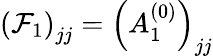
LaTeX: \left(\mathcal{F}_{1}\right)_{jj}=\left(A_{1}^{(0)}\right)_{jj}